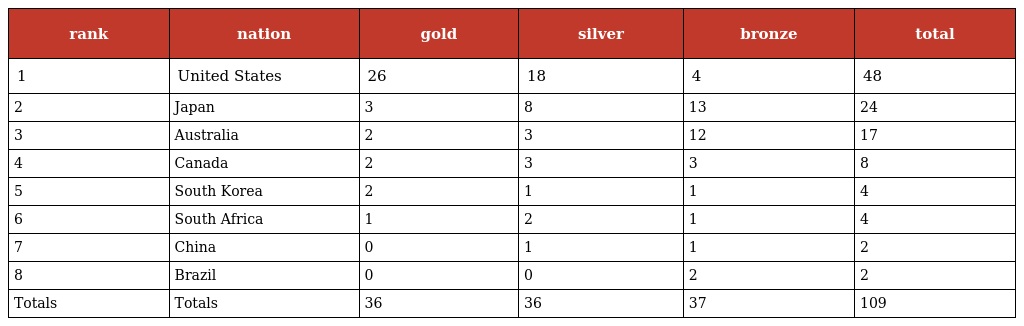
| rank | nation | gold | silver | bronze | total |
 | --- | --- | --- | --- | --- | --- |
 | 1 | United States | 26 | 18 | 4 | 48 |
 | 2 | Japan | 3 | 8 | 13 | 24 |
 | 3 | Australia | 2 | 3 | 12 | 17 |
 | 4 | Canada | 2 | 3 | 3 | 8 |
 | 5 | South Korea | 2 | 1 | 1 | 4 |
 | 6 | South Africa | 1 | 2 | 1 | 4 |
 | 7 | China | 0 | 1 | 1 | 2 |
 | 8 | Brazil | 0 | 0 | 2 | 2 |
 | Totals | Totals | 36 | 36 | 37 | 109 |